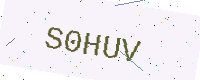
Text: S0HUV